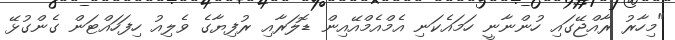
"މިހާރު ރާއްޖޭގައި ހުންނާނީ ހަމައެކަނި އެމްއެމްއޭއިން ޑޮލަރާއި ރުފިޔާގެ ވެލިއު ހިފަހައްޓަން ގެންގުޅޭ